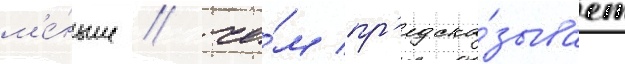
м'е́ньше / че́м пр'едска́зывает